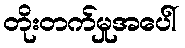
တိုးတက်မှုအပေါ်